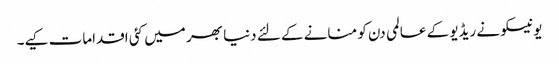
یونیسکو نے ریڈیو کے عالمی دن کو منانے کے لئے دنیا بھر میں کئی اقدامات کیے۔